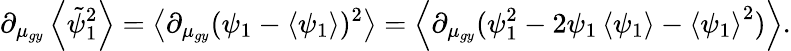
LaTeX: \partial_{\mu_{gy}}\left\langle\tilde{\psi}_{1}^{2}\right\rangle=\left\langle\partial_{\mu_{gy}}(\psi_{1}-\left\langle\psi_{1}\right\rangle)^{2}\right\rangle=\left\langle\partial_{\mu_{gy}}(\psi_{1}^{2}-2\psi_{1}\left\langle\psi_{1}\right\rangle-\left\langle\psi_{1}\right\rangle^{2})\right\rangle.